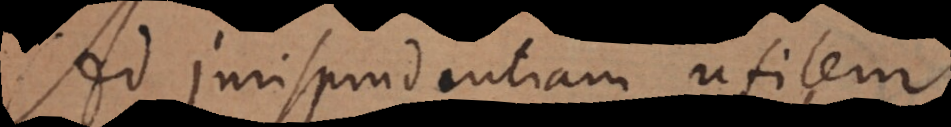
Ad jurisprudentiam utilem